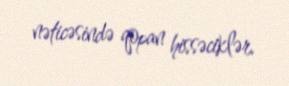
nəticəsində qopan hissəciklər.